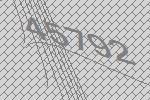
45792